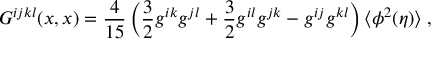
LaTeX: G ^ { i j k l } ( x , x ) = \frac { 4 } { 1 5 } \left( \frac { 3 } { 2 } g ^ { i k } g ^ { j l } + \frac { 3 } { 2 } g ^ { i l } g ^ { j k } - g ^ { i j } g ^ { k l } \right) \langle \phi ^ { 2 } ( \eta ) \rangle \; ,